Report of the King Institute of Preventive Medicine, Guindy
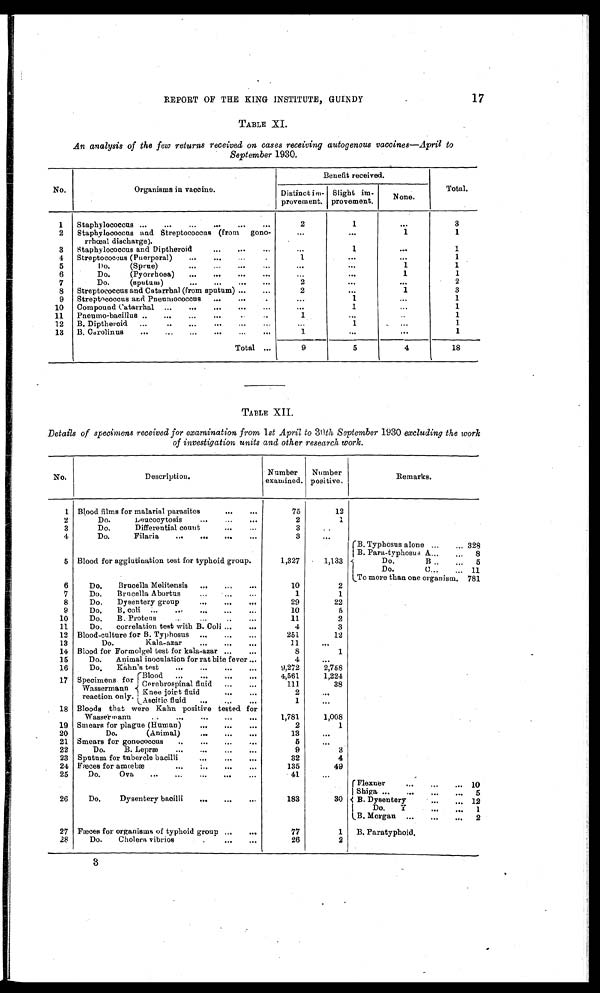
REPORT OF THE KING INSTITUTE, GUINDY
17
TABLE XI.
An analysis of the few returns received on cases receiving autogenous vaccines—April to
September 1930.
Benefit received.
No.
Organisms in vaccine.
Distinct im-
provident.
Slight imp-
provement.
None.
Total.
1
Staphylococcus
2
1
...
3
2
Staphylococcus and Streptococcus (from gono-
rrhœal discharge).
...
...
1
1
3
Staphylococcus and Diptheroid
...
1
...
1
4 Staphylococcus (Puerperal)
1
...
1
5
Do. (Sprae)
...
...
1
1
6
Do. (Pyorrhoea)
...
...
1
1
7
Do. (sputum)
2
...
...
2
8
Streptococcus and Catarrhal (from sputum)
2
...
1
3
9
Streptococcus and Pneumococcus
...
1
...
1
10
Compound Catarrhal
...
1
...
1
11
Pneumo-bacillus
...
...
...
1
12
B. Diptheroid
...
1
...
1
13
B. Carolinus
1
1
Total
9
5
4
18
TABLE XII.
Details of specimens received for examination from 1st April to 30th September 1930 excluding the work
of investigation units and other research work.
Number
Number
No.
Description.
examined. positive.
Remarks.
1 Blood films for malarial parasites
75
12
...
2
Do. Leucocytosis
2
1
...
3
Do.Differential count
3
...
4
Do. Filaria
3
...
B. Typhoons alone 328
B. Para.typhosu A... 8
5 Blood for agglutination test for typhoid group.
1,327
1,133
Do. B 5
Do.C... 11
To more than one organism. 781
6
Do. Brucella Melitensis
10
2
7
Do. Brucella Abortus
1
1
8
Do. Dysentery group
29
22
9
Do. B. colic
10
5
10
Do. B. Proteus
11
2
11
Do. correlation test with B. Coli
4
3
12 Blood-culture for B. Typhosus
251
12
13
Do.Kala-azar
11
14 Blood for Formolgel test for kala-azar
8
1
15
Do. Animal inoculation for rat bite fever
4
16
Do. Kahn's test
9,272
2,758
17 Specimens for
Wassermann
reaction only.
Blood
Cerebrospinal fluid.
Knee.Joint fluid
Ascitic. fluid
4,561
111
1,224
38
2
1
18 Bloods that were Kahn positive tested for
Wassermann.
1,781
1,008
19 Smears for plague(Human)
2
1
20
Do.(Animal)
13
21 Smears for gonococcus
5
...
22
Do. B.Leprm
9
3
23 Sputum for tuberclebacilli
32
4
24 Faeces for amoebae
135
49
25
Do. Ova
41
...
Flexner10
Shiga 5
26
Do. Dysentery bacilli
183
30
B. Dysentery12
Do. Y 1
B. Morgan 2
27 Faeces for organisms of typhoid group
77
1
B. Paratyphoid.
28
Do.Cholera vibrios
26
2
3